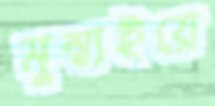
মুম্বাইয়ে